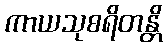
ကာယသုစရိတန္တိ